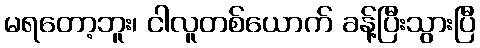
မရတော့ဘူး၊ ငါလူတစ်ယောက် ခန့်ပြီးသွားပြီ